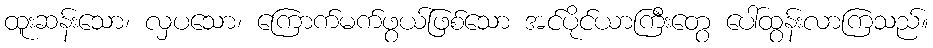
ထူးဆန်းသော၊ လှပသော၊ ကြောက်မက်ဖွယ်ဖြစ်သော အင်ပိုင်ယာကြီးတွေ ပေါ်ထွန်းလာကြသည်။